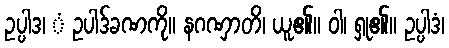
ဥပ္ပါဒ၊ ံ ဥပါဒ်ခဏကို။ နဂဏှာတိ၊ ယူ၏။ ဝါ၊ ရှု၏။ ဥပ္ပါဒံ၊